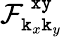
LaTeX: \mathcal{F}_{\texttt{k}_{x}\texttt{k}_{y}}^{\, \texttt{xy}}